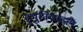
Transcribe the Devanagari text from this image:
हुमुनियाहहैं।